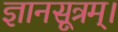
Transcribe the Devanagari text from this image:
ज्ञानसूत्रम्।